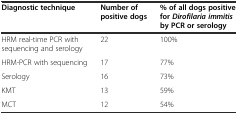
<table><thead><tr><td><b>Diagnostic technique</b></td><td><b>Number of positive dogs</b></td><td><b>% of all dogs positive for<i>Dirofilaria immitis</i>by PCR or serology</b></td></tr></thead><tbody><tr><td>HRM real-time PCR with sequencing and serology</td><td>22</td><td>100%</td></tr><tr><td>HRM-PCR with sequencing</td><td>17</td><td>77%</td></tr><tr><td>Serology</td><td>16</td><td>73%</td></tr><tr><td>KMT</td><td>13</td><td>59%</td></tr><tr><td>MCT</td><td>12</td><td>54%</td></tr></tbody></table>